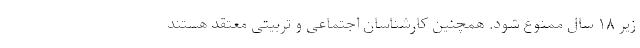
زیر ۱۸ سال ممنوع شود. همچنین کارشناسان اجتماعی و تربیتی معتقد هستند